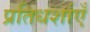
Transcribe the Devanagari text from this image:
प्रतिधर्शाएँ